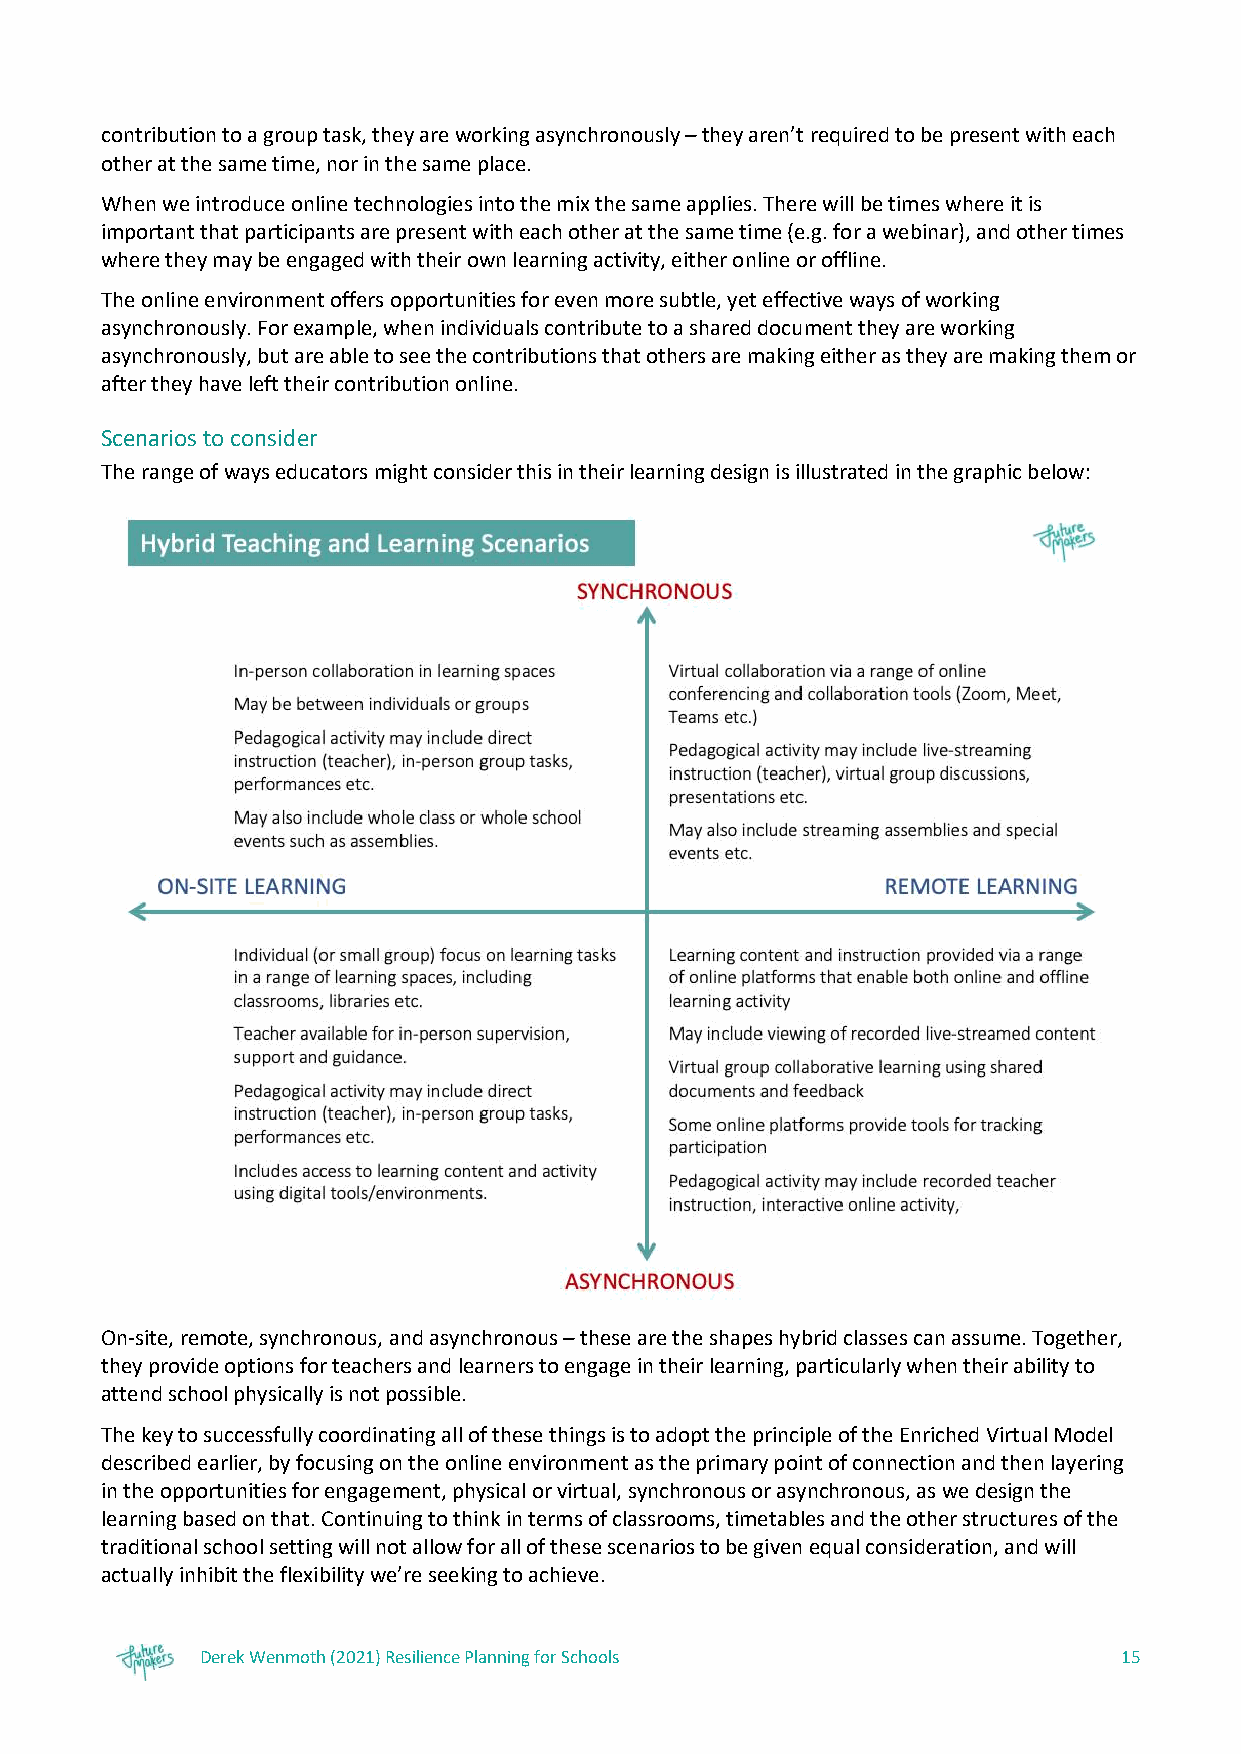
contribution to a group task, they are working asynchronously – they aren’t required to be present with each
 other at the same time, nor in the same place.
 When we introduce online technologies into the mix the same applies. There will be times where it is
 important that participants are present with each other at the same time (e.g. for a webinar), and other times
 where they may be engaged with their own learning activity, either online or offline.
 The online environment offers opportunities for even more subtle, yet effective ways of working
 asynchronously. For example, when individuals contribute to a shared document they are working
 asynchronously, but are able to see the contributions that others are making either as they are making them or
 after they have left their contribution online.
 Scenarios to consider
 The range of ways educators might consider this in their learning design is illustrated in the graphic below:
 On-site, remote, synchronous, and asynchronous – these are the shapes hybrid classes can assume. Together,
 they provide options for teachers and learners to engage in their learning, particularly when their ability to
 attend school physically is not possible.
 The key to successfully coordinating all of these things is to adopt the principle of the Enriched Virtual Model
 described earlier, by focusing on the online environment as the primary point of connection and then layering
 in the opportunities for engagement, physical or virtual, synchronous or asynchronous, as we design the
 learning based on that. Continuing to think in terms of classrooms, timetables and the other structures of the
 traditional school setting will not allow for all of these scenarios to be given equal consideration, and will
 actually inhibit the flexibility we’re seeking to achieve.
 Derek Wenmoth (2021) Resilience Planning for Schools         15